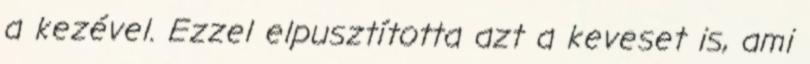
a kezével. Ezzel elpusztította azt a keveset is, ami